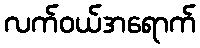
လက်ဝယ်အရောက်